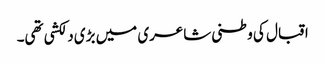
اقبال کی وطنی شاعری میں بڑی دلکشی تھی۔